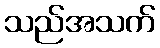
သည်အသက်